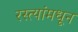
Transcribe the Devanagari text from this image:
रस्त्यांमधून